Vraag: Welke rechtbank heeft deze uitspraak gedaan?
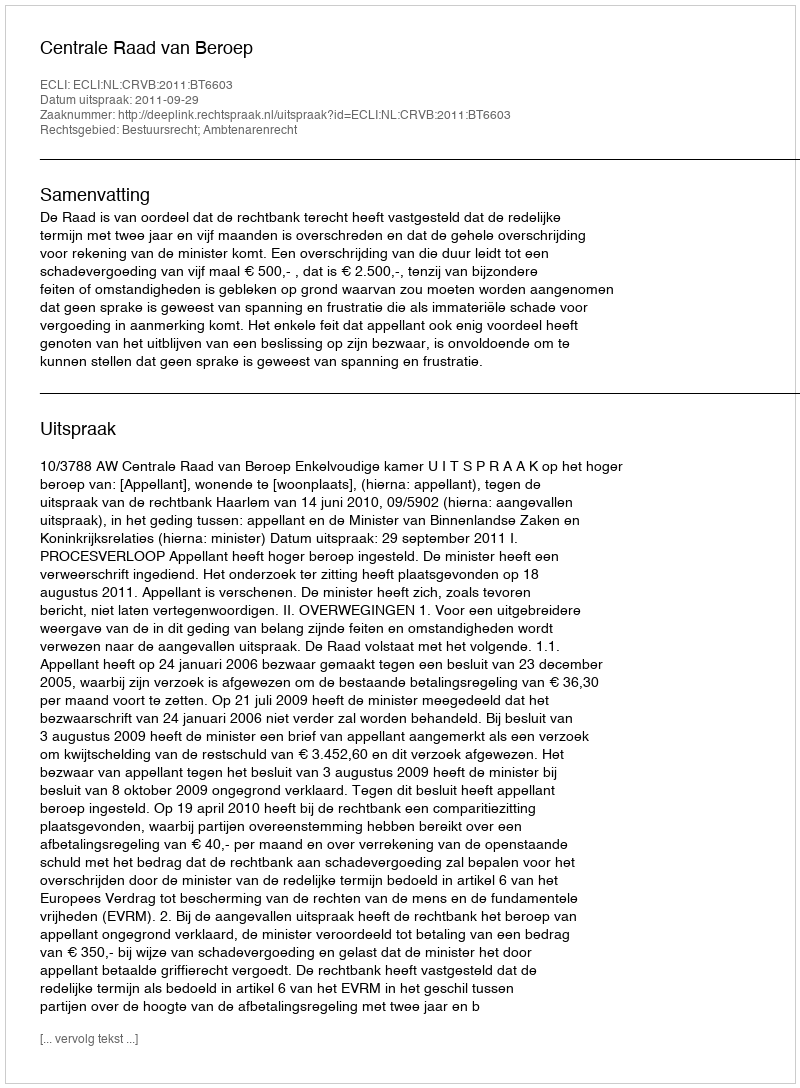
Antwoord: Centrale Raad van Beroep